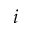
_ { i }